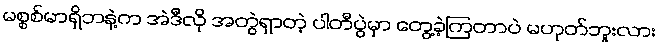
မစ္စစ်မာရှိဘနဲ့က အဲဒီလို အတွဲရှာတဲ့ ပါတီပွဲမှာ တွေ့ခဲ့ကြတာပဲ မဟုတ်ဘူးလား